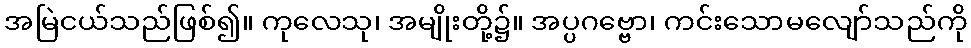
အမြဲငယ်သည်ဖြစ်၍။ ကုလေသု၊ အမျိုးတို့၌။ အပ္ပဂဗ္ဗော၊ ကင်းသောမလျော်သည်ကို